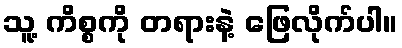
သူ့ ကိစ္စကို တရားနဲ့ ဖြေလိုက်ပါ။